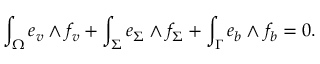
\int _ { \Omega } e _ { v } \wedge f _ { v } + \int _ { \Sigma } e _ { \Sigma } \wedge f _ { \Sigma } + \int _ { \Gamma } e _ { b } \wedge f _ { b } = 0 .